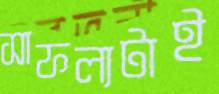
সাফল্যটাই